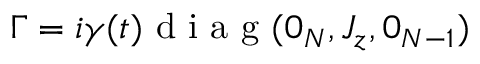
\Gamma = i \gamma ( t ) \textrm { d i a g } ( 0 _ { N } , J _ { z } , 0 _ { N - 1 } )